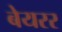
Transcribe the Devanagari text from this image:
बेयरर